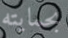
بحمايته